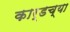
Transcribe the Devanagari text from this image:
कार्डच्या